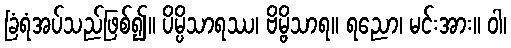
ခြံရံအပ်သည်ဖြစ်၍။ ပိမ္ပိသာရဿ၊ ဗိမ္ဗိသာရ။ ရညော၊ မင်းအား။ ဝါ၊